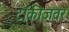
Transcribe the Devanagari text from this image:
टॉकीजवर